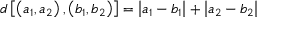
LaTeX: d \left[ \left( a _ { 1 } , a _ { 2 } \right) , \left( b _ { 1 } , b _ { 2 } \right) \right] = \left| a _ { 1 } - b _ { 1 } \right| + \left| a _ { 2 } - b _ { 2 } \right|